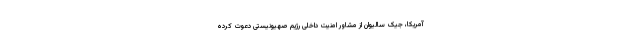
آمریکا، جیک سالیوان از مشاور امنیت داخلی رژیم صهیونیستی دعوت کرده